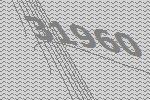
31960